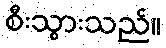
စီးသွားသည်။